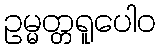
ဥမ္မတ္တရူပေါဝ